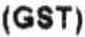
(GST)